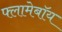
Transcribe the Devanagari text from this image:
फ्लामेबॉय